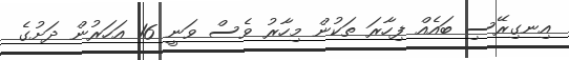
އިނގިރޭސި ބައެއް ފިހާރަ ތަކުން މިހާރު ވެސް ވަނީ 16 އަހަރުން ދަށުގެ